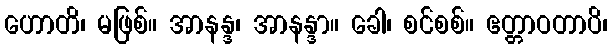
ဟောတိ၊ မဖြစ်။ အာနန္ဒ၊ အာနန္ဒာ။ ခေါ၊ စင်စစ်။ ဧတ္တာဝတာပိ၊